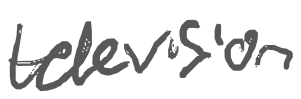
Text: television
Cross-out: clean
Writing tool: digital_gray